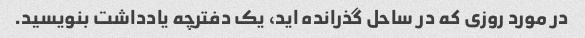
در مورد روزی که در ساحل گذرانده اید، یک دفترچه یادداشت بنویسید.